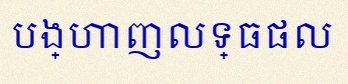
បង្ហាញលទ្ធផល